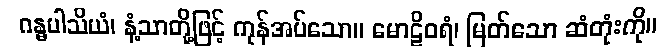
ဂန္ဓပါသိယံ၊ နံ့သာတို့ဖြင့် ကုန်အပ်သော။ မောဠိဝရံ၊ မြတ်သော ဆံတုံးကို။